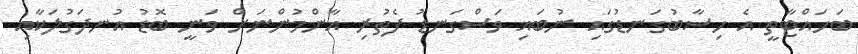
ބަހައްޓާތީ އެ ހިސާބުގަނޑުގައި ނުބައި ވަސްގަނޑު ފެތުރި އާންމުންނަށް ވަނީ ބޮޑު އުނދަގުލަކާއި